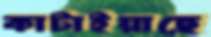
কাটাইয়াছে